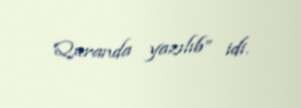
Quranda yazılıb” idi.